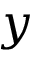
y